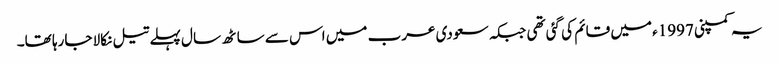
یہ کمپنی 1997ء میں قائم کی گئی تھی جبکہ سعودی عرب میں اس سے ساٹھ سال پہلے تیل نکالا جارہا تھا۔